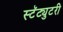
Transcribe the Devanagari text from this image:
स्टॅट्युटरी